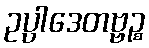
ဥပ္ပါဒေတဗ္ဗဉ္စ